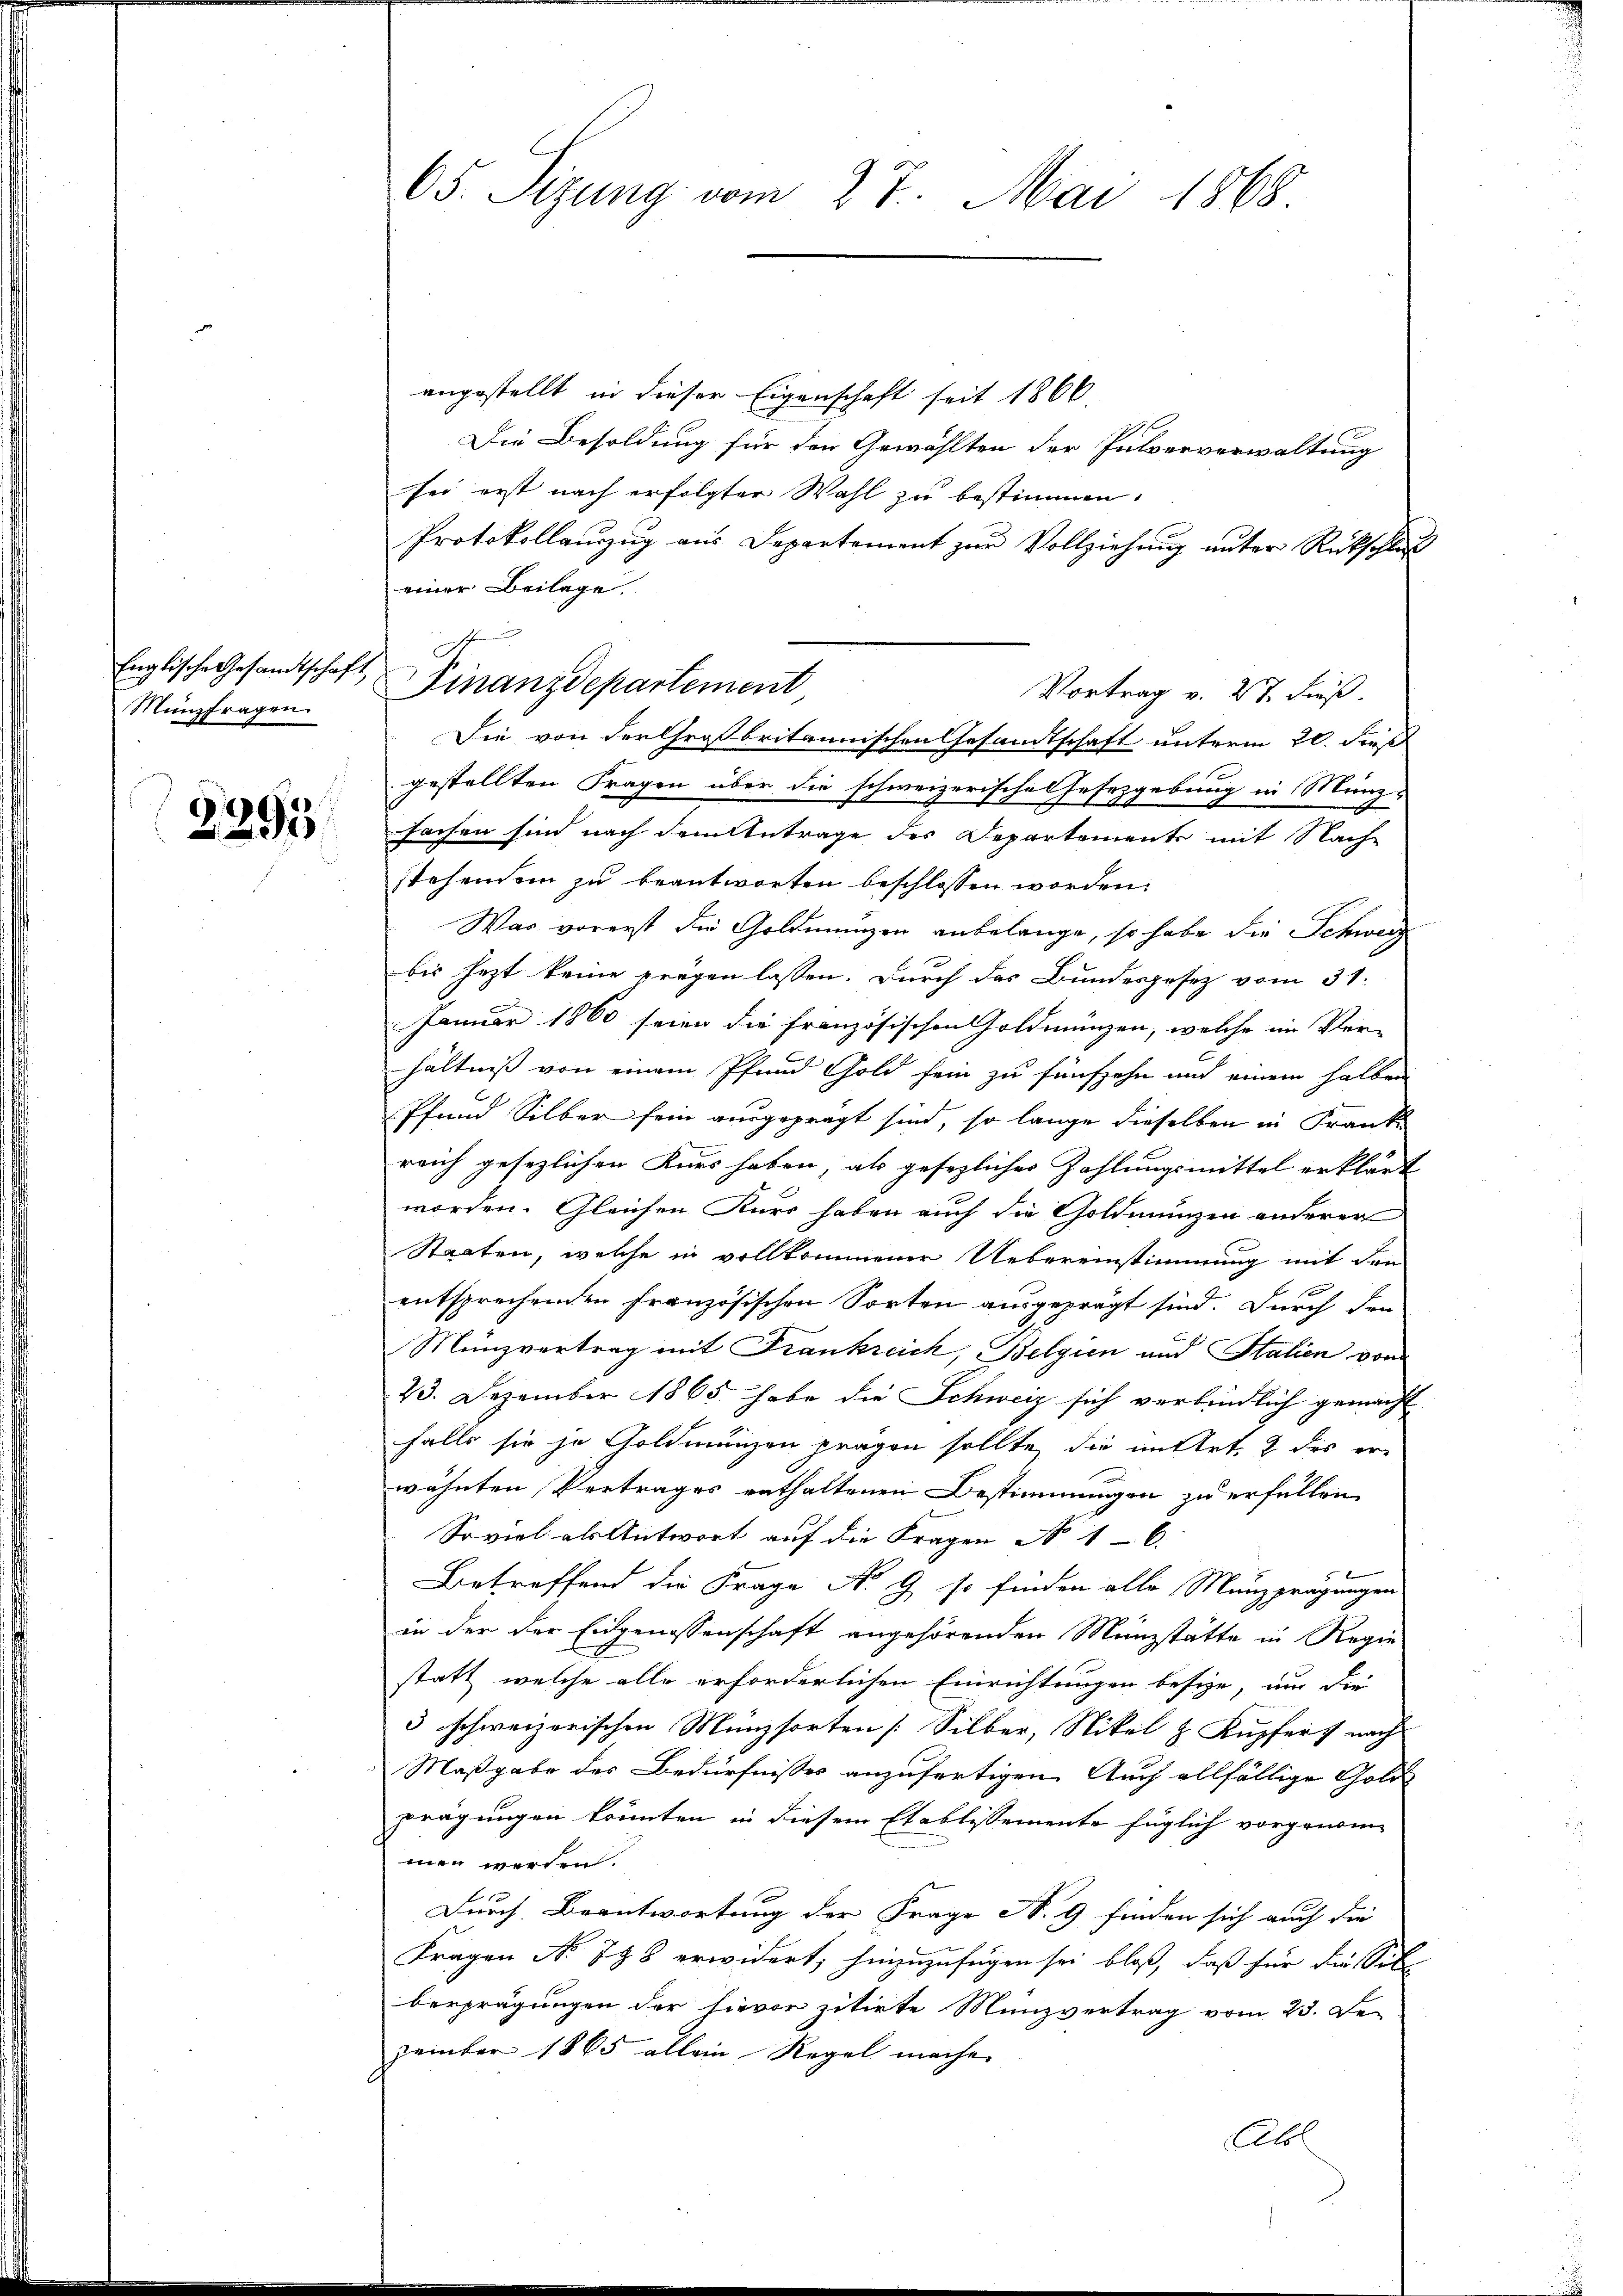
Englische Gesandtschaft,
Münzfragen.

2395

65. Sizung vom 27. Mai 1868

angestellt in dieser Eigenschaft seit 1866
Die Besoldung für den Gewählten der Pulververwaltung
sei erst nach erfolgter Wahl zu bestimmen.
Protokollauszug aus Departement zur Vollziehung unter Rückschluß
einer Beilage.
Vortrag v. 27. dieß.
Die von der Großbritannischen Gesandtschaft unterm 20. dieß
gestellten Fragen über die schweizerisches Gesezgebung in Münz-
sachen sind nach dem Antrage des Departemente mit Nach
stehendem zu beantworten beschlossen worden:
Was vorerst die Goldmanzen anbelange, so habe die Schweiz
bis jezt keine fragen lassen. Durch das Bundesgesetz vom 31.
Januar 1860 seien die französischen Goldmünzen, welche im Ver-
hältniss von einem Pfand Gold sein zu fünfzehn und einem halben
Pfand Silber sein gegeprägt sind, so lange dieselben in Franke
reich gesezlichen Kurs haben, als gesezlicher Zahlungsmittel erklärt
worden. Gleichen Kurs haben auch die Goldmünzen anderer
Staaten, welche in vollkommener Uebereinstimmung mit den
entsprechenden Französischen Sorten ausgeprägt sind. Durch den
Münzvertrag mit Frankreich, Belgien und Stalien vom
23. Dezember 1865 habe die Schweiz sich verbindlich gemacht
falls sie je Goldmünzen fragen sollte, die in Art. 2 des er
wähnten Vertrages enthaltenen Bestimmungen zu erfüllen
Soviel als Antwort auf die Fragen No 16.
Betreffend die Frage No. 9 so finden alle Münzprägungen
in der der Eidgenossenschaft angehörenden Münzstätte in Regie
statt, welche alle erforderlichen Einrichtungen besize, um die
3 schweizerischen Münzsorten [Silber, Nikel & Kupfer nach
Maßgabe des Bedürfnisses anzufertigen. Auch allfällige Gold-
prägungen könnten in diesem Etablissemente füglich vorgenom-
men werden.
Durch Beantwortung der Frage N. 9. finden sich auch die
Fragen No 888 erwidert, hinzuzufügen sei bloß, daß für die Sil
berprägungen der hievor zitirte Münzvertrag vom 23. De
zember 1865 allein Regel mache.
Al

.
Finanzdepartement